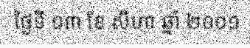
ថ្ងៃទី ១៣ ខែ សីហា ឆ្នាំ ២០០១